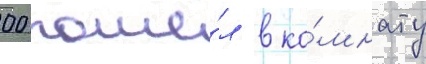
00 пошё́л в ко́мнату